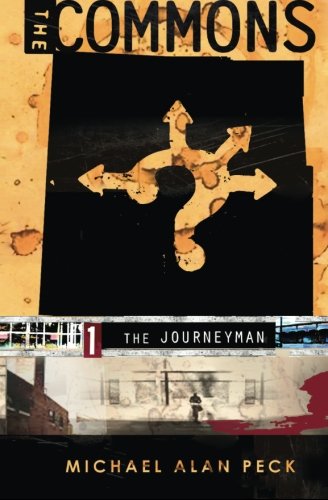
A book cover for The Commons: Book 1: The Journeyman (Volume 1); Michael Alan Peck; Science Fiction & Fantasy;